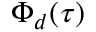
\Phi _ { d } ( \tau )